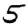
Digit: 5